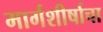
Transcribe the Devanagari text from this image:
मार्गशीर्षाचा